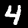
Digit: 4